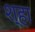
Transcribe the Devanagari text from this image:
श्हा